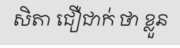
សិតា ជឿជាក់ ថា ខ្លួន